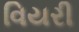
વિયરી